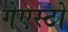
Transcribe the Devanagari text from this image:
गेएस्टो